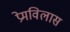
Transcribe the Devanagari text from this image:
प्रेमविलास